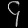
Digit: ၄